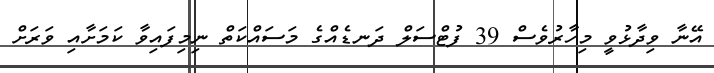
އޭނާ ވިދާޅުވީ މިހާރުވެސް 39 ފުޓްސަލް ދަނޑެއްގެ މަސައްކަތް ނިމިފައިވާ ކަމަށާއި ވަރަށް